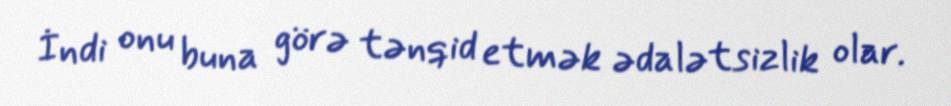
İndi onu buna görə tənqid etmək ədalətsizlik olar.